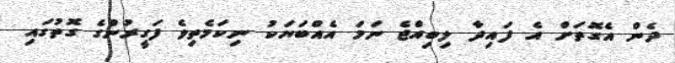
ދެން އެގޮތަށް އެ ފައިދާ ލިބިއްޖެ ނަމަ އެއްބަޔަކު ނިކަމެތިވެ ފަގީރުންގެ ގޮތުގައި